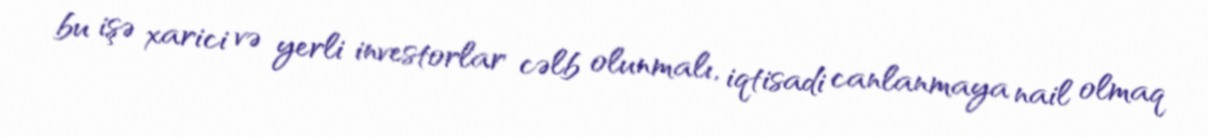
bu işə xarici və yerli investorlar cəlb olunmalı, iqtisadi canlanmaya nail olmaq